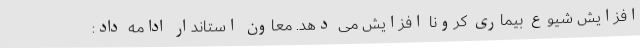
افزایش شیوع بیماری کرونا افزایش می دهد. معاون استاندار ادامه داد: